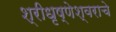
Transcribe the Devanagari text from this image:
श्रीधृष्णेश्वराचे